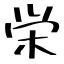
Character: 栄